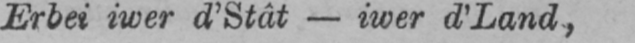
Erbet iwer d’Stât - iwer d’Land,